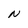
Character: N